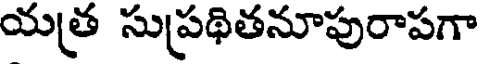
యత్ర సుప్రథితనూపురాపగా